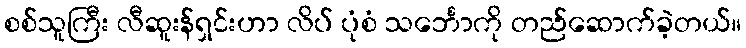
စစ်သူကြီး လီဆူးန်ရှင်းဟာ လိပ် ပုံစံ သင်္ဘောကို တည်ဆောက်ခဲ့တယ်။